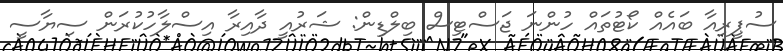
ސުޕީރިއާ ބައެއް ކޯޓުތައް ހުންނަ ޖަސްޓިސް ބިލްޑިން: ޝަރުއީ ދާއިރާ އިސްލާހުކުރަން ސިޔާސީ